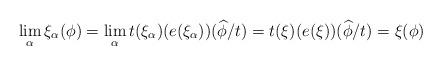
LaTeX: \begin{align*}\lim_{\alpha}\xi_\alpha(\phi)=\lim_{\alpha}t(\xi_\alpha)(e(\xi_\alpha))(\widehat{\phi}/t)= t(\xi)(e(\xi))(\widehat{\phi}/t)=\xi(\phi)\end{align*}